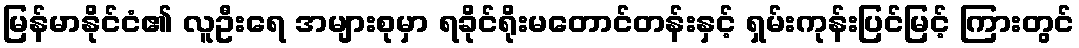
မြန်မာနိုင်ငံ၏ လူဦးရေ အများစုမှာ ရခိုင်ရိုးမတောင်တန်းနှင့် ရှမ်းကုန်းပြင်မြင့် ကြားတွင်